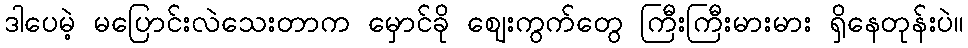
ဒါပေမဲ့ မပြောင်းလဲသေးတာက မှောင်ခို ဈေးကွက်တွေ ကြီးကြီးမားမား ရှိနေတုန်းပဲ။